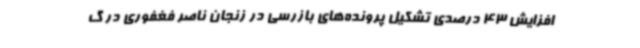
افزایش 43 درصدی تشکیل پرونده‌های بازرسی در زنجان ناصر فغفوری در گ